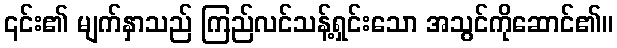
၎င်း၏ မျက်နှာသည် ကြည်လင်သန့်ရှင်းသော အသွင်ကိုဆောင်၏။